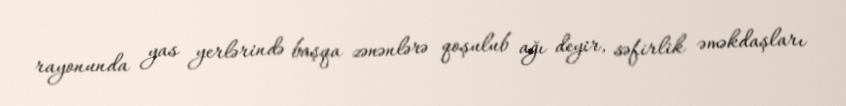
rayonunda yas yerlərində başqa zənənlərə qoşulub ağı deyir, səfirlik əməkdaşları